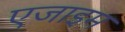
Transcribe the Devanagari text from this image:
एजाइम